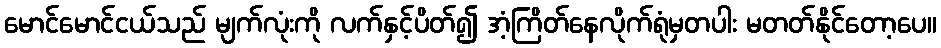
မောင်မောင်ငယ်သည် မျက်လုံးကို လက်နှင့်ပိတ်၍ အံ့ကြိတ်နေလိုက်ရုံမှတပါး မတတ်နိုင်တော့ပေ။